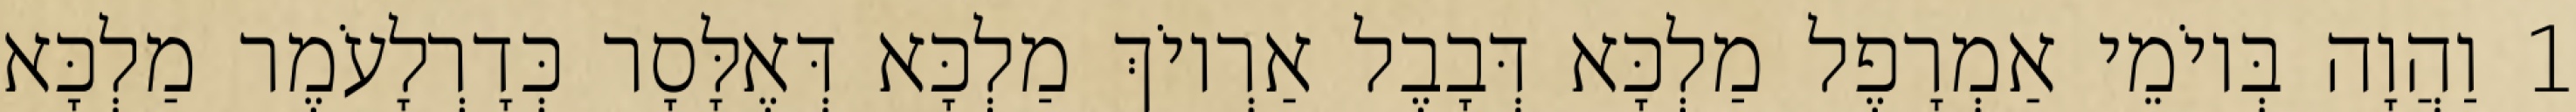
1 וַהֲוָה בְּיוֹמֵי אַמְרָפֶל מַלְכָּא דְּבָבֶל אַרְיוֹךְ מַלְכָּא דְּאֶלָּסָר כְּדָרְלָעֹמֶר מַלְכָּא